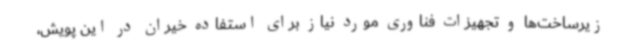
زیرساخت‌ها و تجهیزات فناوری مورد نیاز برای استفاده خیران در این پویش،